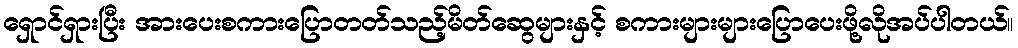
ရှောင်ရှားပြီး အားပေးစကားပြောတတ်သည့်မိတ်ဆွေများနှင့် စကားများများပြောပေးဖို့လိုအပ်ပါတယ်။